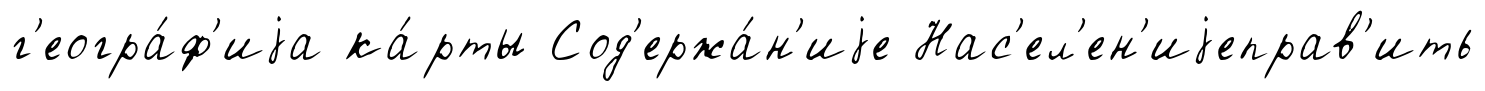
г'еогра́ф'иjа ка́рты Сод'ержа́н'иjе Нас'ел'ен'иjеправ'ить